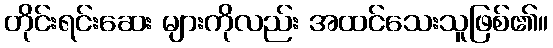
တိုင်းရင်းဆေး များကိုလည်း အထင်သေးသူဖြစ်၏။